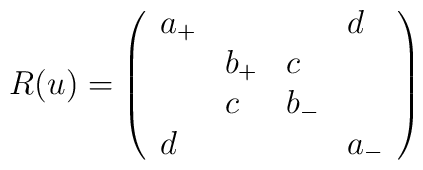
R(u)=\left(\begin{array}{llll}a_{+}&&&d\\&b_{+}&c&\\&c&b_{-}&\\d&&&a_{-}\end{array}\right)